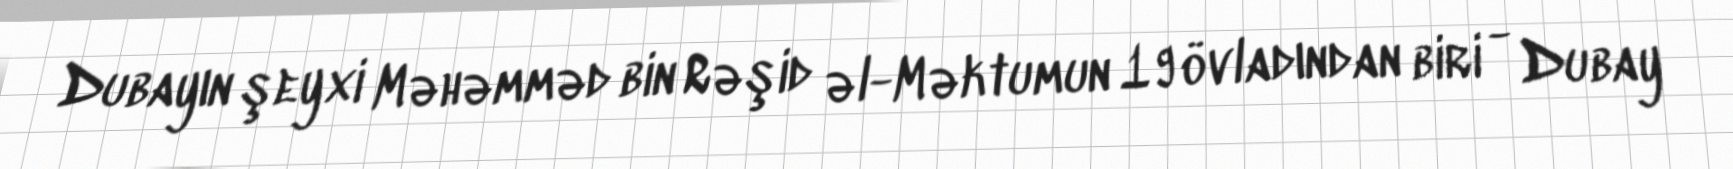
Dubayın şeyxi Məhəmməd bin Rəşid əl-Məktumun 19 övladından biri - Dubay